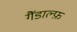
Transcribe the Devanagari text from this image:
गैंडाल्फ़